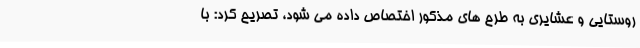
روستایی و عشایری به طرح های مذکور اختصاص داده می شود، تصریح کرد: با